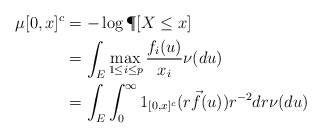
\begin{align*}\mu[0,x]^c &= -\log \P[X\le x] \\&= \int_{E} \max_{1\leq i\leq p} \frac{f_i(u)}{x_i} \nu(du) \\&= \int_{E} \int_0^\infty 1_{[0,x]^c}(r \vec{f}(u))r^{-2}dr \nu(du)\end{align*}